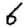
Digit: 6